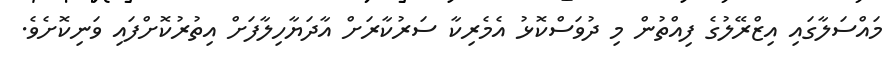
މައްސަލާގައި އިޒްރޭލުގެ ފިއްތުން މި ދުވަސްކޮޅު އެމެރިކާ ސަރުކާރަށް އާދަޔާހިލާފަށް އިތުރުކޮށްފައި ވަނިކޮށެވެ.